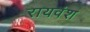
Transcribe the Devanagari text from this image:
रायवंश